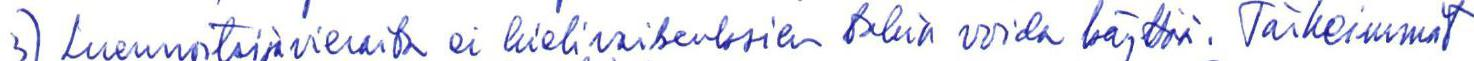
3) Luennoitsijavieraita ei kielivaikeuksien takia voida käyttää. Tärkeimmät